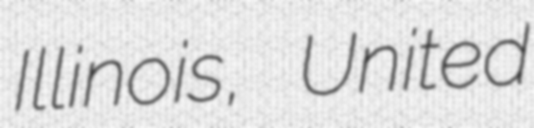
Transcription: Illinois, United